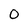
Character: 0